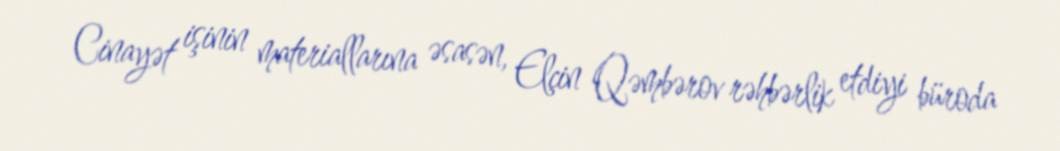
Cinayət işinin materiallarına əsasən, Elçin Qəmbərov rəhbərlik etdiyi büroda